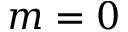
m = 0